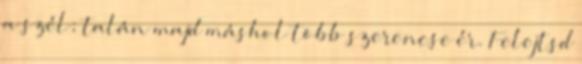
a szél; talán majd máshol több szerencse ér. Felejtsd